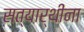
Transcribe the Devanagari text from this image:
सत्यार्थींना